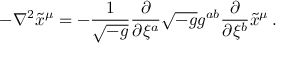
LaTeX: - \nabla ^ { 2 } \tilde { x } ^ { \mu } = - \frac { 1 } { \sqrt { - g } } \frac { \partial } { \partial \xi ^ { a } } \sqrt { - g } g ^ { a b } \frac { \partial } { \partial \xi ^ { b } } \tilde { x } ^ { \mu } \, .